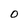
Character: O